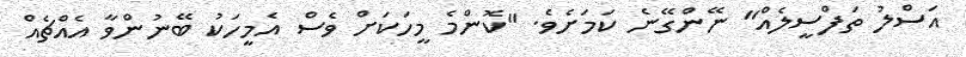
އަސްލު ތަފްސީލެއް" ނޭންގޭނެ ކަމަށެވެ. "ކޮންމެ މީހަކަށް ވެސް އެމީހަކު ބޭނުންވާ އެއްޗެއް